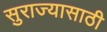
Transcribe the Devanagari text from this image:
सुराज्यासाठी